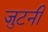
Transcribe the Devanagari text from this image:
जुटनी